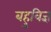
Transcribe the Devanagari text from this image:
बहुविज्ञ